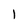
Character: l